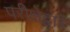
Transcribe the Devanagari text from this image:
परीक्षेद्वारे